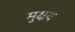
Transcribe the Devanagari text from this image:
मुक्षय